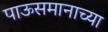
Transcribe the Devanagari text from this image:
पाऊसमानाच्या